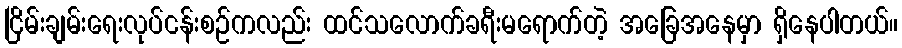
ငြိမ်းချမ်းရေးလုပ်ငန်းစဉ်ကလည်း ထင်သလောက်ခရီးမရောက်တဲ့ အခြေအနေမှာ ရှိနေပါတယ်။